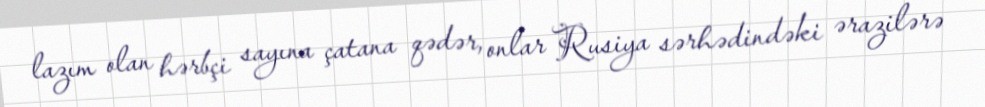
lazım olan hərbçi sayına çatana qədər, onlar Rusiya sərhədindəki ərazilərə